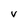
Character: V